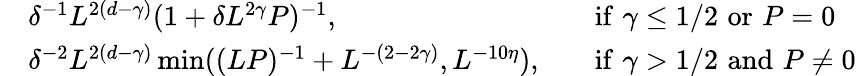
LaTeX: \begin{array}{rlrl}&{\delta^{-1}L^{2(d-\gamma)}(1+\delta L^{2\gamma}P)^{-1},}&&{\mathrm{if}\, \, \gamma\leq 1/2\, \, \mathrm{or}\, \, P=0}\\ &{\delta^{-2}L^{2(d-\gamma)}\operatorname*{min}((LP)^{-1}+L^{-(2-2\gamma)},L^{-10\eta}),}&&{\mathrm{if}\, \, \gamma>1/2\, \, \mathrm{and}\, \, P\neq 0}\end{array}